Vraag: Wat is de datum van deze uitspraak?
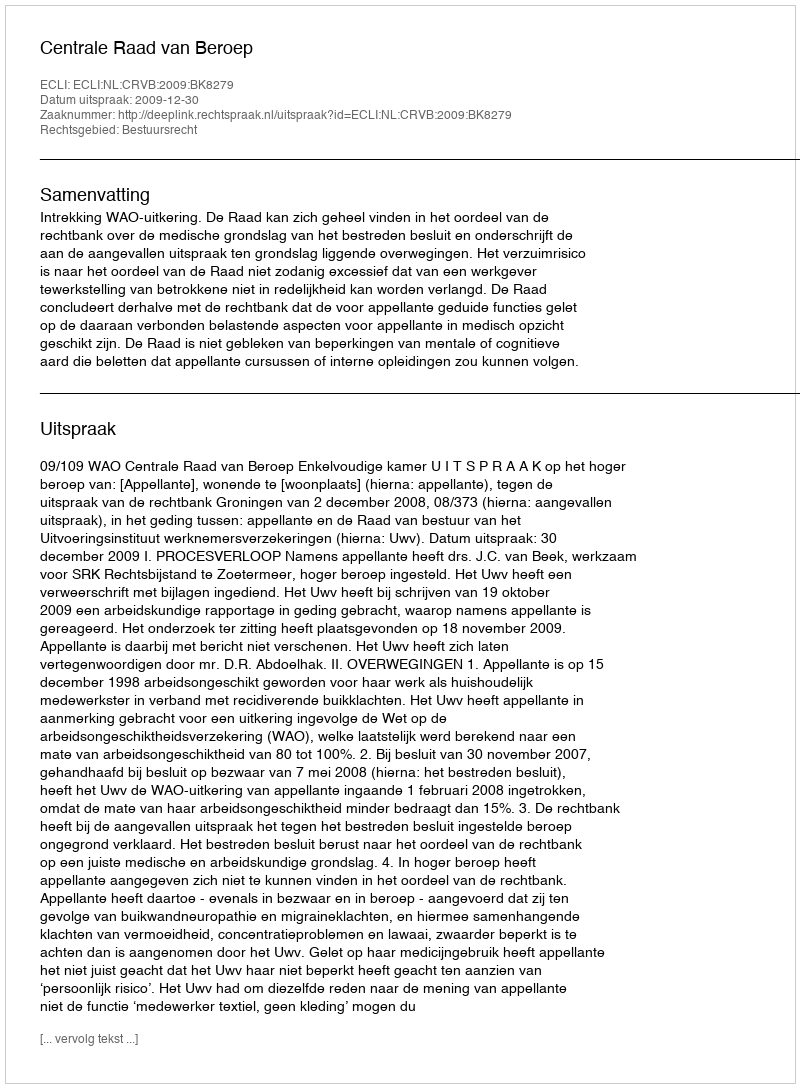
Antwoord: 2009-12-30